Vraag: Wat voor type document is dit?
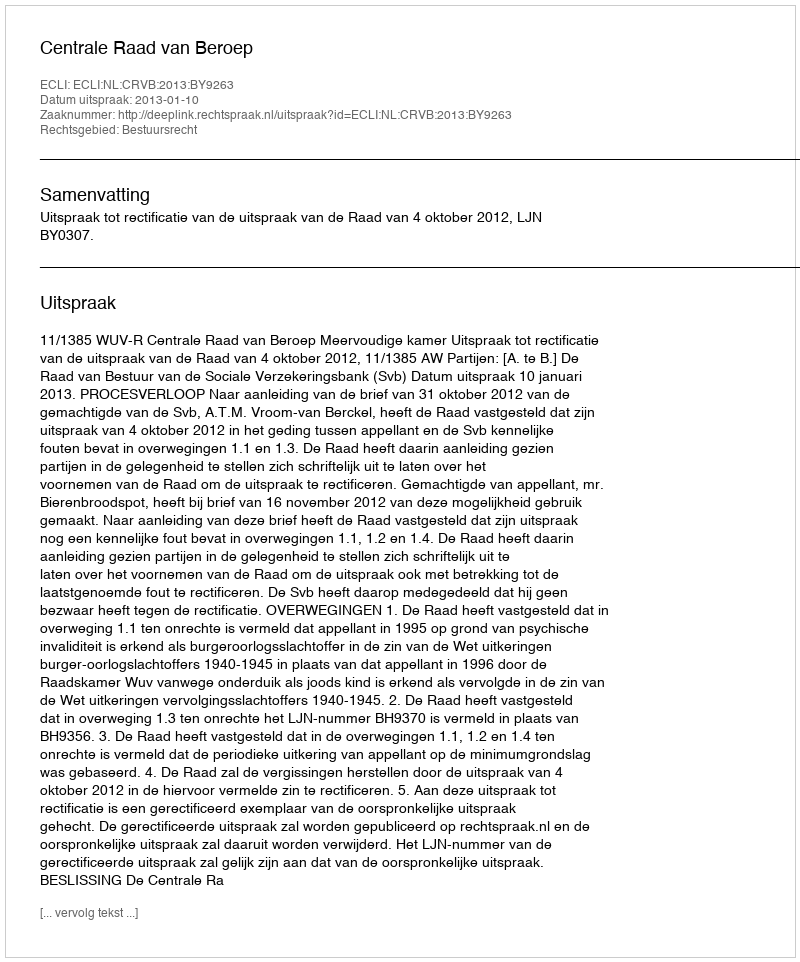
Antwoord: Uitspraak